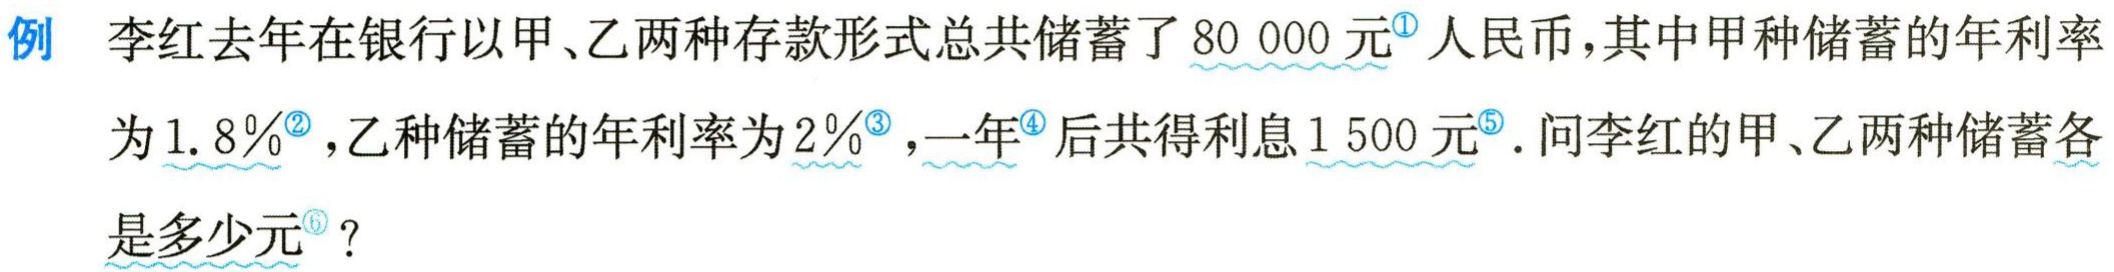
例 李红去年在银行以甲、乙两种存款形式总共储蓄了\(80 000\)元\(^{\circled{1}}\)人民币，其中甲种储蓄的年利率为\(1.8\%\) \(^{\circled{2}}\)，乙种储蓄的年利率为\(2\%\) \(^{\circled{3}}\)，一年\(^{\circled{4}}\)后共得利息\(1 500\)元\(^{\circled{5}}\). 问李红的甲、乙两种储蓄各是多少元\(^{\circled{6}}\)？